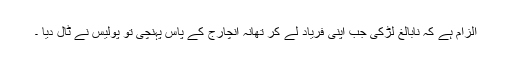
الزام ہے کہ نابالغ لڑکی جب اپنی فریاد لے کر تھانہ انچارج کے پاس پہنچی تو پولیس نے ٹال دیا ۔